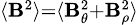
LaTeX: \scriptstyle\langle\mathbf{B}^{2}\rangle=\langle\mathbf{B}_{\theta}^{2}+\mathbf{B}_{\rho}^{2}\rangle